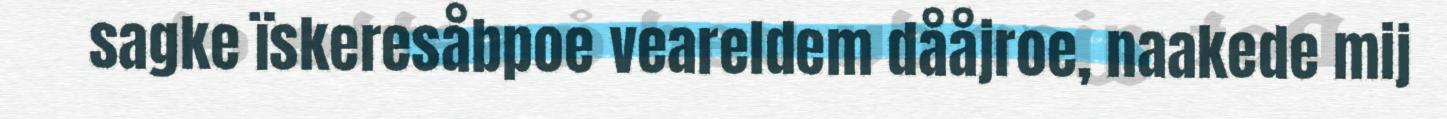
sagke ïskeresåbpoe veareldem dååjroe, naakede mij